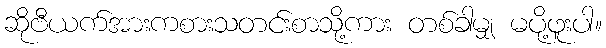
ဆိုဗီယက်အားကစားသတင်းစာသို့ကား တစ်ခါမျှ မပို့ဖူးပါ။